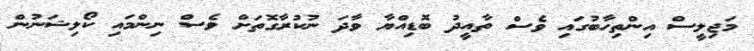
މަޖިލީސް އިންތިހާބުގައި ވެސް ތާއީދު ބޮޑިއްޔާ ވާދަ ނުކުރާގޮތަށް ވެސް ނިންމައި ކޯލިޝަނުން